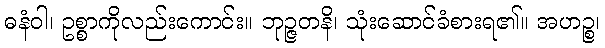
ဓနံဝါ၊ ဥစ္စာကိုလည်းကောင်း။ ဘုဉ္ဇတနိ၊ သုံးဆောင်ခံစားရ၏။ အဟဉ္စ၊